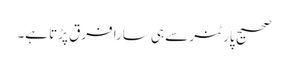
صحیح پارٹنر سے ہی سارا فرق پڑتا ہے۔